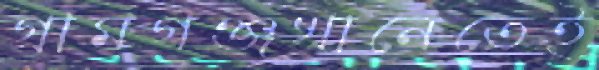
গ্রামগঞ্জখানেতেই